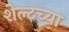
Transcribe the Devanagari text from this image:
शेल्टच्या